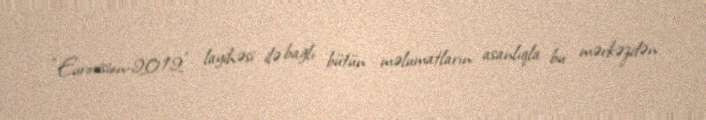
“Eurovision-2012" layihəsi ilə bağlı bütün məlumatların asanlıqla bu mərkəzdən